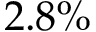
2 . 8 \%